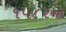
૧૫૮૨ના